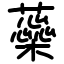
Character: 蘂